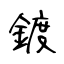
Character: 鍍